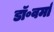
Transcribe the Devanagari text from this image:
डॉ॰वर्मा